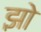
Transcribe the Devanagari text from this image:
झो